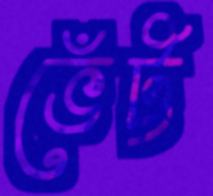
ভেঁট্ট